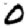
Digit: 0